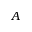
A